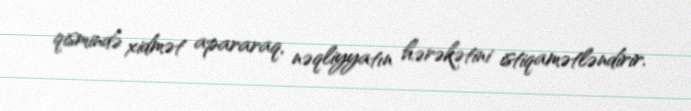
qismində xidmət apararaq, nəqliyyatın hərəkətini istiqamətləndirir.